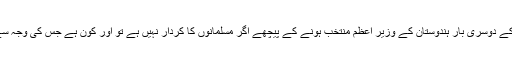
ایسے میں دیکھا جائے تو مودی جی بلکہ انتہا پسند مودی جی کے دوسری بار ہندوستان کے وزیر اعظم منتخب ہونے کے پیچھے اگر مسلمانوں کا کردار نہیں ہے تو اور کون ہے جس کی وجہ سے مودی آج پورے طمطراق سے دنیا میں گھومتا پھر رہا ہے؟